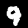
Digit: 9